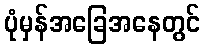
ပုံမှန်အခြေအနေတွင်